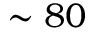
\sim 8 0